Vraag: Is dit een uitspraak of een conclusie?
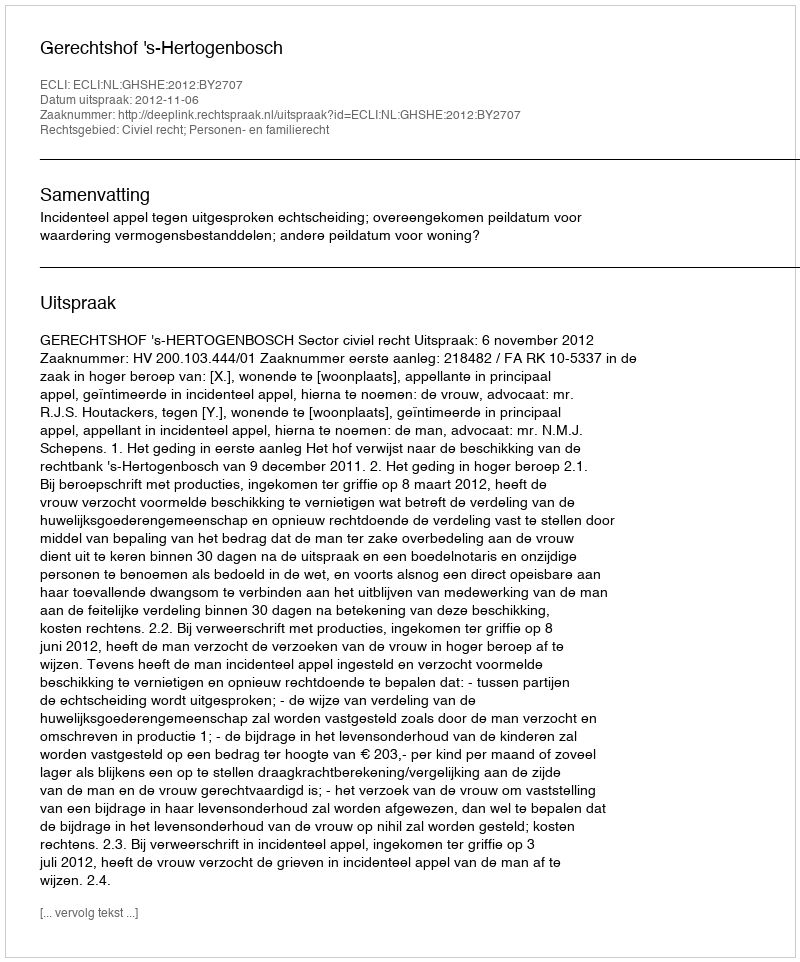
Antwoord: Uitspraak